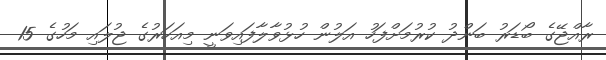
ރާއްޖޭގެ ބޯޑަރު ބަންދު ކުރުމަށްފަހު އަލުން ހުޅުވާލާފައިވަނީ މިއަހަރުގެ ޖުލައި މަހުގެ 15